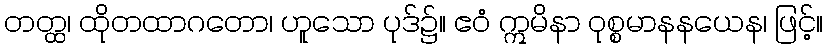
တတ္ထ၊ ထိုတထာဂတော၊ ဟူသော ပုဒ်၌။ ဧဝံ ဣမိနာ ဝုစ္စမာနနယေန၊ ဖြင့်။